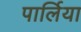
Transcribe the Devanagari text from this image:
पार्लिया